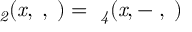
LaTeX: { \it \Psi _ { 2 } ( x , \alpha , \tau ) = \Psi _ { 4 } ( x , - \alpha , \tau ) }